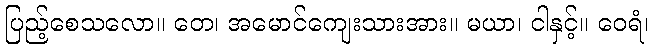
ပြည့်စေသလော။ တေ၊ အမောင်ကျေးသားအား။ မယာ၊ ငါနှင့်။ ဝေရံ၊